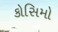
કોસિમો